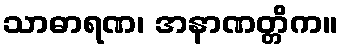
သာဓာရဏ၊ အနာဏတ္တိက။